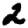
Digit: 2